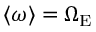
\langle \omega \rangle = \Omega _ { \mathrm { E } }